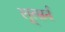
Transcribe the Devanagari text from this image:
लूत्सर्न